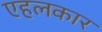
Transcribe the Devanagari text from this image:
एहलकार